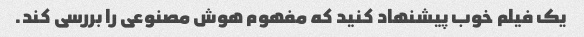
یک فیلم خوب پیشنهاد کنید که مفهوم هوش مصنوعی را بررسی کند.